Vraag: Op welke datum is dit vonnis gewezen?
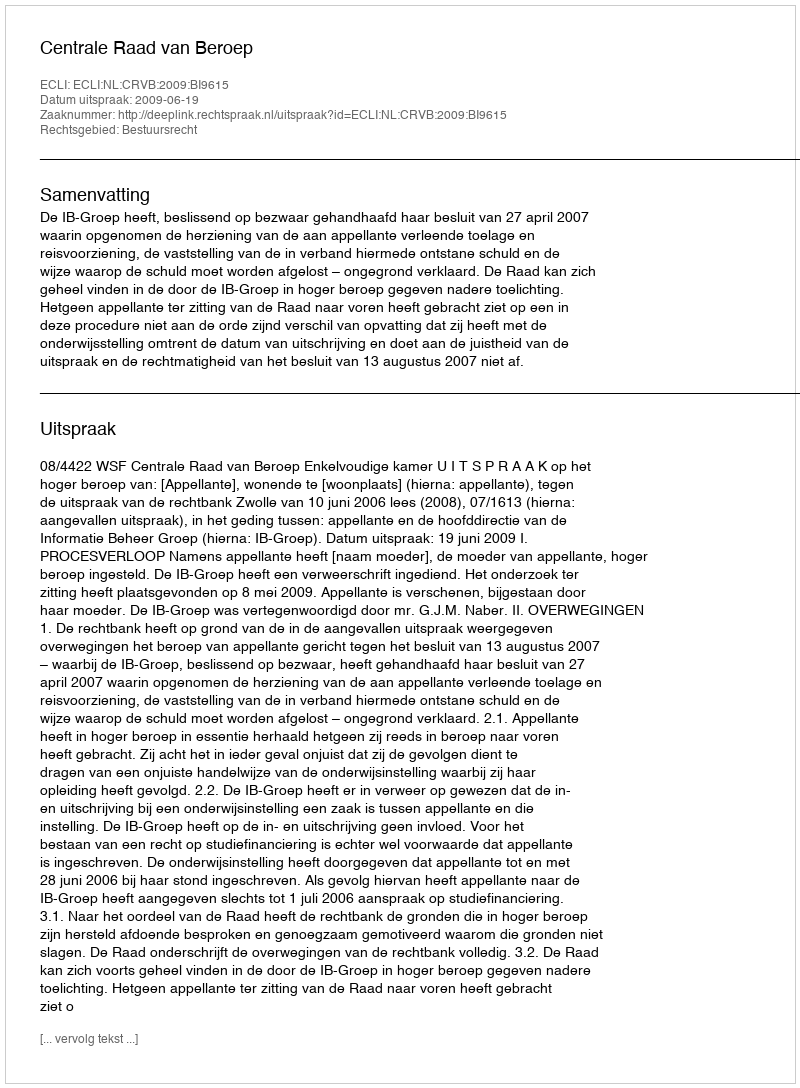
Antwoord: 2009-06-19